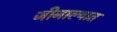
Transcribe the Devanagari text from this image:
जीनाल्यात